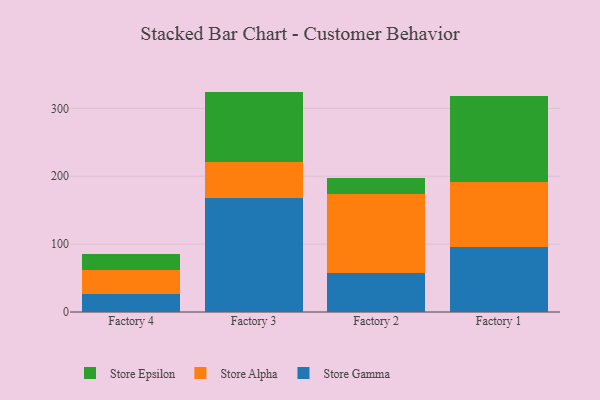
{"axis": {"x": "Factory", "y": "Website Visitors"}, "legend": ["Store Alpha", "Store Epsilon", "Store Gamma"], "data": [{"x": "Factory 4", "y": 27.1, "type": "Store Gamma"}, {"x": "Factory 4", "y": 34.5, "type": "Store Alpha"}, {"x": "Factory 4", "y": 23.2, "type": "Store Epsilon"}, {"x": "Factory 3", "y": 167.4, "type": "Store Gamma"}, {"x": "Factory 3", "y": 54.3, "type": "Store Alpha"}, {"x": "Factory 3", "y": 103.1, "type": "Store Epsilon"}, {"x": "Factory 2", "y": 57.5, "type": "Store Gamma"}, {"x": "Factory 2", "y": 116.2, "type": "Store Alpha"}, {"x": "Factory 2", "y": 23.7, "type": "Store Epsilon"}, {"x": "Factory 1", "y": 96.4, "type": "Store Gamma"}, {"x": "Factory 1", "y": 95.2, "type": "Store Alpha"}, {"x": "Factory 1", "y": 126.7, "type": "Store Epsilon"}]}